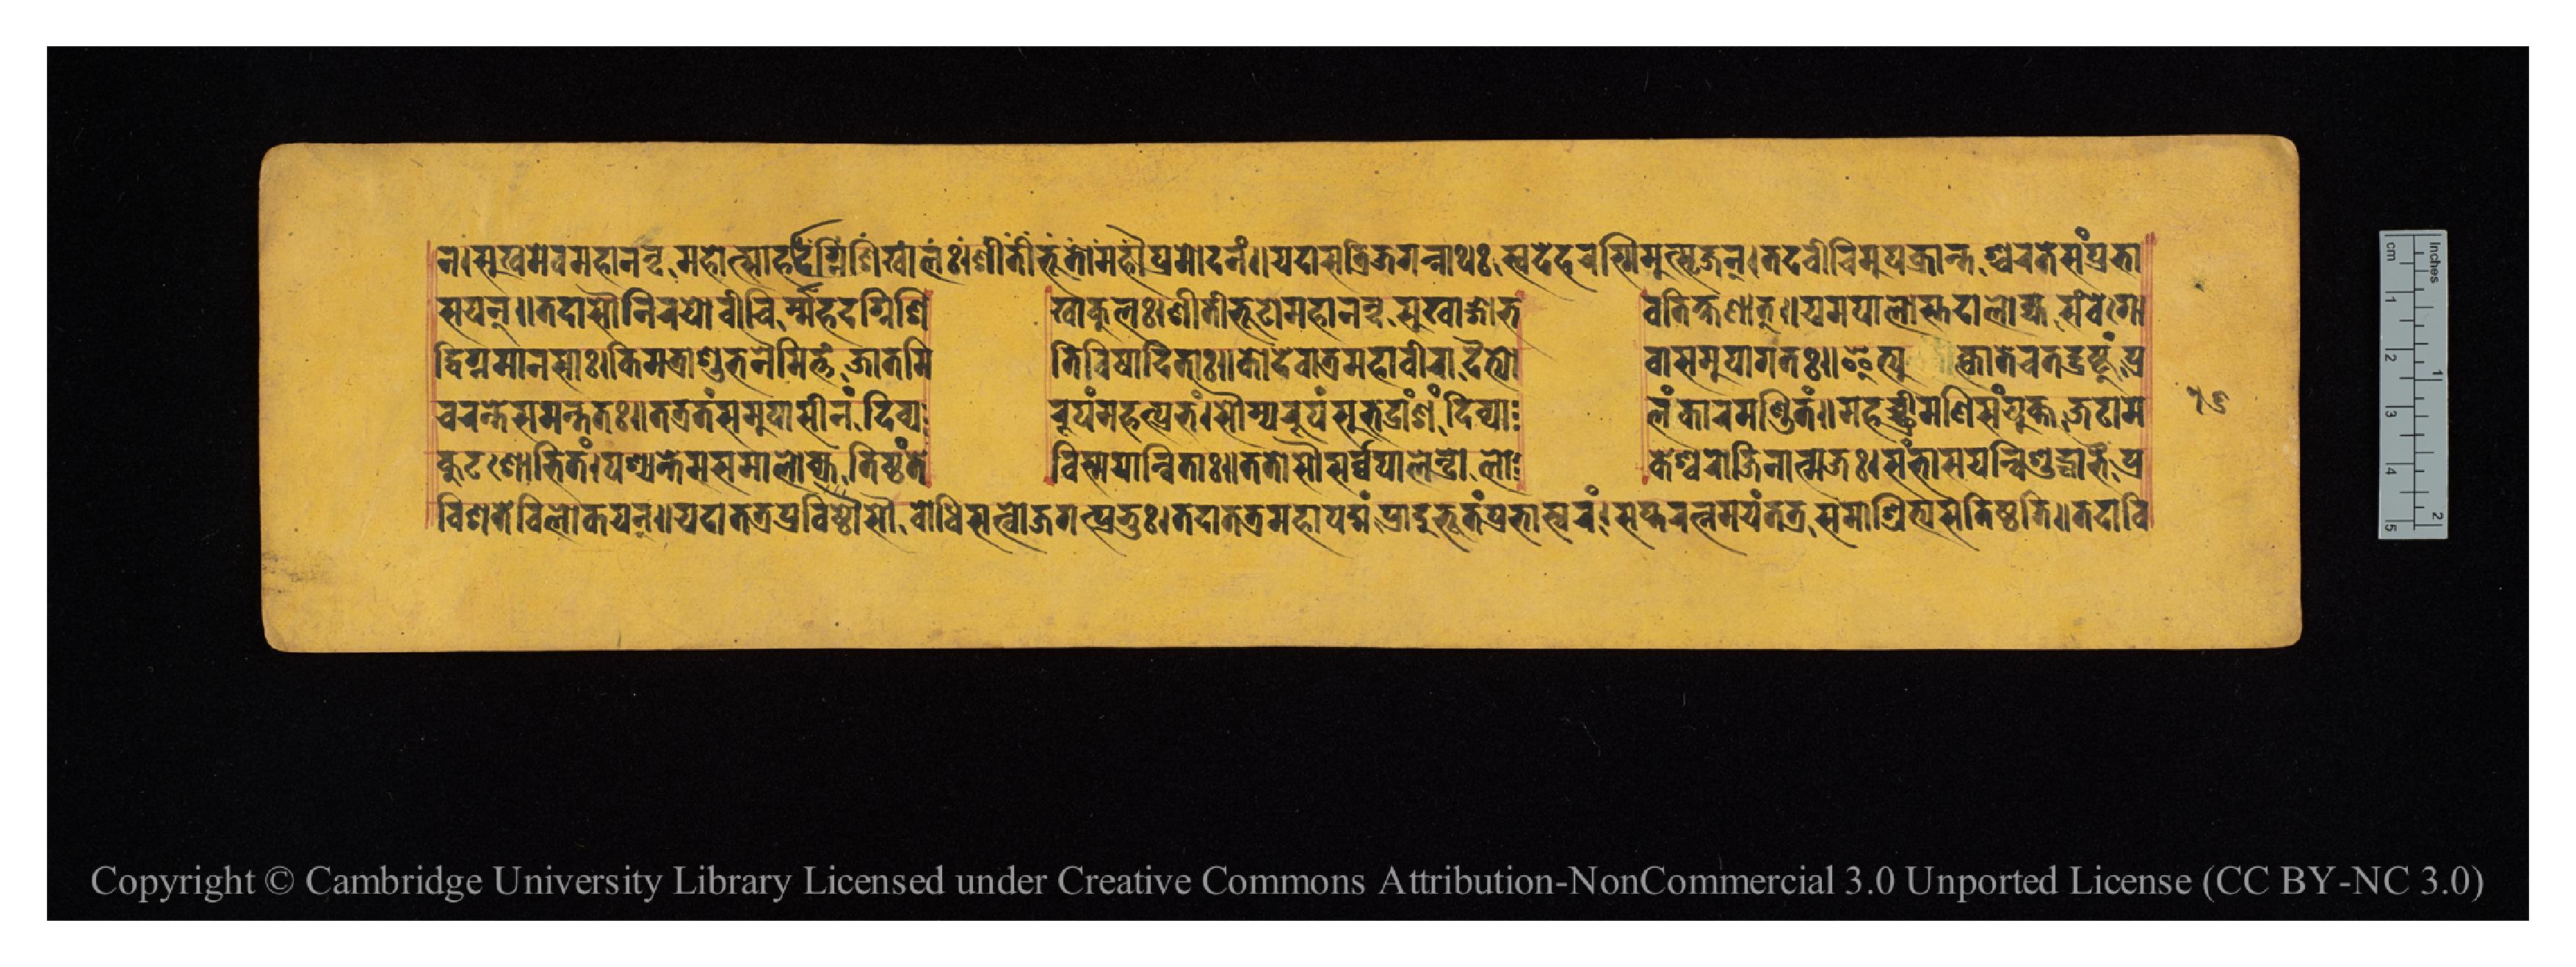
𑐣𑑋𑐳𑐸𑐏𑐩𑐾𑐰𑐩𑐴𑐵𑐣𑐣𑑂𑐡𑐩𑐴𑑀𑐟𑑂𑐳𑐵𑐥𑑂𑐬𑐩𑑀𑐡𑐣𑑄𑑌𑐫𑐡𑐵𑐳𑐟𑑂𑐬𑐶𑐖𑐐𑐣𑑂𑐣𑐵𑐠𑑅𑐳𑑂𑐰𑐡𑐾𑐴𑐬𑐱𑑂𑐩𑐶𑐩𑐸𑐟𑑂𑐳𑐺𑐖𑐣𑑂𑑋𑐟𑐡𑐰𑐷𑐔𑐶𑐩𑐸𑐎𑑂𑐬𑐵𑐣𑑂𑐟𑐱𑑂𑐔𑐬𑐟𑐾𑐳𑑄𑐥𑑂𑐬𑐨𑐵 𑐳𑐫𑐣𑑂𑑌𑐟𑐡𑐵𑐡𑑁𑐣𑐶𑐬𑐫𑑀𑐰𑐷𑐔𑐶𑐬𑑂𑐩𑐴𑐡𑐐𑑂𑐣𑐶𑐱𑐶    𑐏𑐵𑐎𑐸𑐮𑑅𑑋𑐱𑐷𑐟𑐷𑐨𑐹𑐟𑑀𑐩𑐴𑐵𑐣𑐣𑑂𑐡𑑄𑐳𑐸𑐏𑐵𑑄𑐐𑑀𑐨  𑐰𑐟𑐶𑐎𑑂𑐲𑐞𑐵𑐟𑑂𑑌𑐫𑐩𑐥𑐵𑐮𑐵𑐳𑑂𑐟𑐡𑐵𑐀𑐮𑑀𑐎𑑂𑐫𑐳𑑄𑐰𑐾𑐐𑑀 𑐡𑑂𑐰𑐶𑐐𑑂𑐣𑐩𑐵𑐣𑐳𑐵𑑅𑑋𑐎𑐶𑐩𑐟𑑂𑐬𑐵𑐱𑐸𑐨𑐣𑐿𑐩𑐶𑐟𑑂𑐟𑑄𑐖𑐵𑐟𑐩𑐶  𑐟𑐶𑐰𑐶𑐲𑐵𑐡𑐶𑐟𑐵𑑅𑑌𑐎𑑀𑐡𑐾𑐰𑑀𑐟𑑂𑐬𑐩𑐴𑐵𑐰𑐷𑐬𑑀𑐡𑐿𑐟𑑂𑐫𑑀  𑐰𑐵𑐳𑐩𑐸𑐥𑐵𑐐𑐟𑑅𑑌𑐂𑐟𑑂𑐫𑐸𑐎𑑂𑐟𑑂𑐰𑐵𑐟𑐾𑐔𑐟𑐡𑑂𑐡𑑂𑐬𑐲𑑂𑐚𑐸𑑄𑐥𑑂𑐬 𑐔𑐬𑐣𑑂𑐟𑐾𑐳𑐩𑐣𑑂𑐟𑐟𑑅𑑌𑐟𑐟𑑂𑐬𑐟𑑄𑐳𑐩𑐸𑐥𑐵𑐳𑐷𑐣𑑄𑐡𑐶𑐰𑑂𑐫  𑐬𑐸𑐥𑑄𑐩𑐴𑐟𑑂𑐥𑑂𑐬𑐨𑑄𑑋𑐳𑑁𑐩𑑂𑐫𑐬𑐸𑐥𑑄𑐳𑐸𑐨𑐡𑑂𑐬𑐵𑑄𑐐𑑄𑐡𑐶𑐰𑑂𑐫𑐵  𑐮𑑄𑐎𑐵𑐬𑐩𑐞𑑂𑐜𑐶𑐟𑑄𑑌𑐩𑐴𑐔𑑂𑐕𑑂𑐬𑐷𑐩𑐞𑐶𑐳𑑄𑐫𑐸𑐎𑑂𑐟𑑄𑐖𑐚𑐵𑐩 𑐎𑐸𑐚𑐱𑑀𑐨𑐶𑐟𑑄𑑋𑐥𑐱𑑂𑐫𑐣𑑂𑐟𑐾𑐟𑐾𑐳𑐩𑐵𑐮𑑀𑐎𑑂𑐫𑐟𑐶𑐲𑑂𑐛𑑄𑐟𑐾  𑐰𑐶𑐳𑑂𑐩𑐫𑐵𑐣𑑂𑐰𑐶𑐟𑐵𑑅𑑌𑐟𑐟𑑀𑐳𑑁𑐳𑐬𑑂𑐰𑑂𑐰𑐥𑐵𑐮𑐾𑐣𑑂𑐡𑑂𑐬𑑀𑐮𑑀  𑐎𑐾𑐱𑑂𑐰𑐬𑑀𑐖𑐶𑐣𑐵𑐟𑑂𑐩𑐖𑑅𑑋𑐳𑑄𑐨𑐵𑐳𑐫𑐣𑑂𑐰𑐶𑐱𑐸𑐡𑑂𑐢𑐵𑐨𑐿𑑅𑐥𑑂𑐬 𑐰𑐶𑐱𑐟𑐾𑐰𑐶𑐮𑑀𑐎𑐫𑐣𑑂𑑌𑐫𑐡𑐵𑐟𑐟𑑂𑐬𑐥𑑂𑐬𑐰𑐶𑐲𑑂𑐚𑑀𑐳𑑁𑐧𑑀𑐢𑐶𑐳𑐟𑑂𑐰𑐖𑐐𑐟𑑂𑐥𑑂𑐬𑐨𑐸𑑅𑑋𑐟𑐡𑐵𑐟𑐟𑑂𑐬𑐩𑐴𑐵𑐥𑐡𑑂𑐩𑑄𑐥𑑂𑐬𑐵𑐡𑐸𑐬𑑂𑐨𑐹𑐟𑑄𑐥𑑂𑐬𑐨𑐵𑐳𑑂𑐰𑐬𑑄𑑋𑐳𑐥𑑂𑐟𑐬𑐟𑑂𑐣𑐩𑐫𑑄𑐟𑐟𑑂𑐬𑐳𑐩𑐵𑐱𑑂𑐬𑐶𑐟𑑂𑐫𑐳𑐟𑐶𑐲𑑂𑐛𑐟𑐶𑑌𑐟𑐡𑐵𑐰𑐶 𑑑𑑖